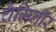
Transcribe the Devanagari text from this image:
चैमिनॉर